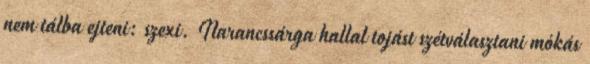
nem tálba ejteni: szexi. Narancssárga hallal tojást szétválasztani mókás